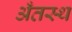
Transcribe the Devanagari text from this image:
अँतस्थ